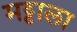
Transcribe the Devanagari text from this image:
मट्टाला